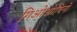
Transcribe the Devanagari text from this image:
गिओआचिनो